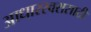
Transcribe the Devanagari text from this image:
आधारस्वरासाठी